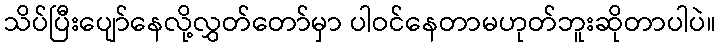
သိပ်ပြီးပျော်နေလို့လွှတ်တော်မှာ ပါဝင်နေတာမဟုတ်ဘူးဆိုတာပါပဲ။